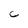
Character: C